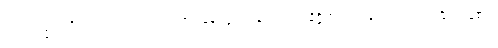
တေစဓမ္မာ၊ တို့သည်လည်း။ အဿအနေနပုဂ္ဂလေန၊ သည်။ နိဇ္ဇိဏ္ဏာ၊ ကုန်သည်။ ဟောန္တိ၊ ကုန်၏။